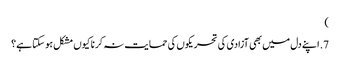
‏)‏
7.‏ اپنے دل میں بھی آزادی کی تحریکوں کی حمایت نہ کرنا کیوں مشکل ہو سکتا ہے؟